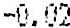
-0.02